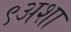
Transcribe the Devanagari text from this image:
९अशा